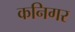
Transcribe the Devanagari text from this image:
कनिगर